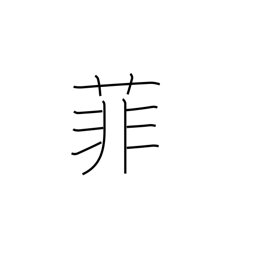
Meaning: inferior